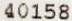
40158